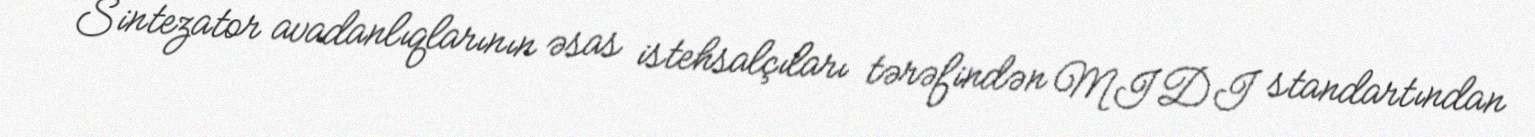
Sintezator avadanlıqlarının əsas istehsalçıları tərəfindən MIDI standartından